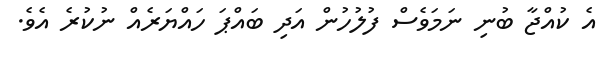
އެ ކުއްޖާ ބުނި ނަމަވެސް ފުލުހުން އަދި ބައްޕަ ހައްޔަރެއް ނުކުރެ އެވެ.